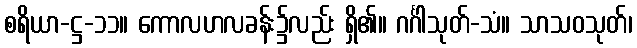
စရိယာ-ဋ္ဌ-၁၁။ ကောလဟလခန်း၌လည်း ရှိ၏။ ဂင်္ဂါသုတ်-သံ။ သာသဝသုတ်၊